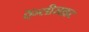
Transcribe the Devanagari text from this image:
ऐंग्लीसाइट